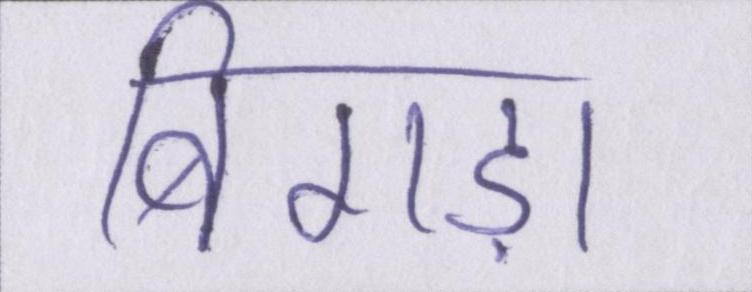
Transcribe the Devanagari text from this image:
बिगड़ा